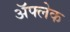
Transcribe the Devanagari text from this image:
अॅफ्लेक